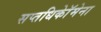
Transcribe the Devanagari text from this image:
सप्तधिकाॅेमेना